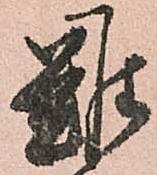
難